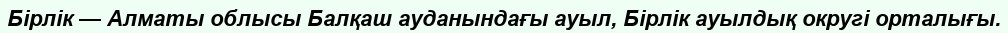
Бірлік — Алматы облысы Балқаш ауданындағы ауыл, Бірлік ауылдық округі орталығы.